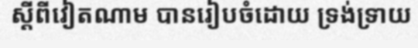
ស្តីពីវៀតណាម បានរៀបចំដោយ ទ្រង់ទ្រាយ